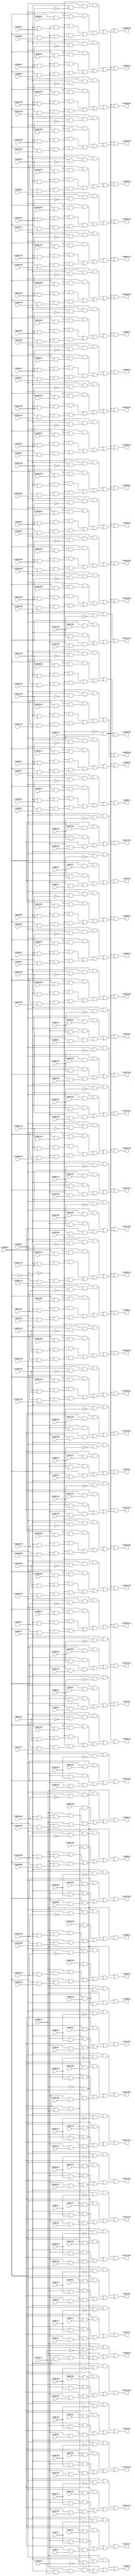
// IWLS benchmark module "i7" printed on Wed May 29 17:26:49 2002
module i7(\V199(1) , \V32(27) , \V199(0) , \V32(26) , \V32(25) , \V32(24) , \V32(23) , \V32(22) , \V32(21) , \V32(20) , \V32(19) , \V32(18) , \V32(17) , \V32(16) , \V32(15) , \V32(14) , \V32(13) , \V32(12) , \V32(11) , \V32(10) , \V32(9) , \V32(8) , \V32(7) , \V32(6) , \V32(5) , \V32(4) , \V32(3) , \V32(2) , \V32(1) , \V32(0) , \V96(27) , \V96(26) , \V96(25) , \V96(24) , \V96(23) , \V96(22) , \V96(21) , \V96(20) , \V96(19) , \V96(18) , \V96(17) , \V96(16) , \V96(15) , \V96(14) , \V96(13) , \V96(12) , \V96(11) , \V96(10) , \V96(9) , \V96(8) , \V96(7) , \V96(6) , \V96(5) , \V96(4) , \V96(3) , \V96(2) , \V96(1) , \V96(0) , \V64(27) , \V64(26) , \V64(25) , \V64(24) , \V64(23) , \V64(22) , \V64(21) , \V64(20) , \V64(19) , \V64(18) , \V64(17) , \V64(16) , \V64(15) , \V64(14) , \V64(13) , \V64(12) , \V64(11) , \V64(10) , \V64(9) , \V64(8) , \V64(7) , \V64(6) , \V64(5) , \V64(4) , \V64(3) , \V64(2) , \V64(1) , \V64(0) , \V128(27) , \V199(4) , \V128(26) , \V128(25) , \V128(24) , \V128(23) , \V128(22) , \V128(21) , \V128(20) , \V128(19) , \V128(18) , \V128(17) , \V128(16) , \V128(15) , \V128(14) , \V128(13) , \V128(12) , \V128(11) , \V128(10) , \V128(9) , \V128(8) , \V128(7) , \V128(6) , \V128(5) , \V128(4) , \V128(3) , \V128(2) , \V128(1) , \V128(0) , \V32(31) , \V32(30) , \V32(29) , \V32(28) , \V192(27) , \V192(26) , \V192(25) , \V192(24) , \V192(23) , \V192(22) , \V192(21) , \V192(20) , \V192(19) , \V192(18) , \V192(17) , \V192(16) , \V192(15) , \V192(14) , \V192(13) , \V192(12) , \V192(11) , \V192(10) , \V192(9) , \V192(8) , \V192(7) , \V192(6) , \V192(5) , \V192(4) , \V192(3) , \V192(2) , \V192(1) , \V192(0) , \V96(31) , \V96(30) , \V96(29) , \V96(28) , \V160(27) , \V160(26) , \V160(25) , \V160(24) , \V160(23) , \V160(22) , \V160(21) , \V160(20) , \V160(19) , \V160(18) , \V160(17) , \V160(16) , \V160(15) , \V160(14) , \V160(13) , \V160(12) , \V160(11) , \V160(10) , \V160(9) , \V160(8) , \V160(7) , \V160(6) , \V160(5) , \V160(4) , \V160(3) , \V160(2) , \V160(1) , \V160(0) , \V64(31) , \V64(30) , \V64(29) , \V64(28) , \V128(31) , \V199(3) , \V128(30) , \V128(29) , \V128(28) , \V195(0) , \V194(1) , \V194(0) , \V192(31) , \V192(30) , \V192(29) , \V192(28) , \V160(31) , \V160(30) , \V160(29) , \V160(28) , \V227(27) , \V227(26) , \V227(25) , \V227(24) , \V227(23) , \V227(22) , \V227(21) , \V227(20) , \V227(19) , \V227(18) , \V227(17) , \V227(16) , \V227(15) , \V227(14) , \V227(13) , \V227(12) , \V227(11) , \V227(10) , \V227(9) , \V227(8) , \V227(7) , \V227(6) , \V227(5) , \V227(4) , \V227(3) , \V227(2) , \V227(1) , \V227(0) , \V259(31) , \V259(30) , \V259(29) , \V259(28) , \V259(27) , \V259(26) , \V259(25) , \V259(24) , \V259(23) , \V259(22) , \V259(21) , \V259(20) , \V259(19) , \V259(18) , \V259(17) , \V259(16) , \V259(15) , \V259(14) , \V259(13) , \V259(12) , \V259(11) , \V259(10) , \V259(9) , \V259(8) , \V259(7) , \V259(6) , \V259(5) , \V259(4) , \V259(3) , \V259(2) , \V259(1) , \V259(0) , \V266(6) , \V266(5) , \V266(4) , \V266(3) , \V266(2) , \V266(1) , \V266(0) );
input
  \V160(21) ,
  \V160(20) ,
  \V160(23) ,
  \V160(22) ,
  \V128(27) ,
  \V160(25) ,
  \V128(26) ,
  \V160(24) ,
  \V128(29) ,
  \V160(17) ,
  \V128(28) ,
  \V160(16) ,
  \V160(19) ,
  \V160(18) ,
  \V96(0) ,
  \V96(1) ,
  \V64(13) ,
  \V96(2) ,
  \V64(12) ,
  \V96(3) ,
  \V64(15) ,
  \V128(21) ,
  \V96(4) ,
  \V64(14) ,
  \V128(20) ,
  \V96(5) ,
  \V128(23) ,
  \V160(11) ,
  \V96(6) ,
  \V128(22) ,
  \V160(10) ,
  \V96(7) ,
  \V64(11) ,
  \V128(25) ,
  \V160(13) ,
  \V96(8) ,
  \V64(10) ,
  \V128(24) ,
  \V192(3) ,
  \V160(12) ,
  \V96(9) ,
  \V128(17) ,
  \V192(2) ,
  \V160(15) ,
  \V128(16) ,
  \V192(5) ,
  \V160(14) ,
  \V128(19) ,
  \V192(4) ,
  \V128(18) ,
  \V64(17) ,
  \V64(16) ,
  \V192(1) ,
  \V64(19) ,
  \V192(0) ,
  \V64(18) ,
  \V64(23) ,
  \V64(22) ,
  \V64(25) ,
  \V128(11) ,
  \V64(24) ,
  \V128(10) ,
  \V192(7) ,
  \V128(13) ,
  \V192(6) ,
  \V128(12) ,
  \V192(9) ,
  \V64(21) ,
  \V128(15) ,
  \V192(8) ,
  \V64(20) ,
  \V128(14) ,
  \V64(27) ,
  \V64(26) ,
  \V64(29) ,
  \V64(28) ,
  \V194(1) ,
  \V160(31) ,
  \V194(0) ,
  \V160(30) ,
  \V64(31) ,
  \V64(30) ,
  \V128(3) ,
  \V128(2) ,
  \V128(5) ,
  \V195(0) ,
  \V128(4) ,
  \V128(31) ,
  \V128(30) ,
  \V128(1) ,
  \V128(0) ,
  \V128(7) ,
  \V128(6) ,
  \V128(9) ,
  \V128(8) ,
  \V199(3) ,
  \V199(4) ,
  \V199(1) ,
  \V199(0) ,
  \V32(0) ,
  \V32(1) ,
  \V32(2) ,
  \V32(3) ,
  \V32(13) ,
  \V32(4) ,
  \V32(12) ,
  \V32(5) ,
  \V32(15) ,
  \V32(6) ,
  \V32(14) ,
  \V32(7) ,
  \V32(8) ,
  \V32(9) ,
  \V32(11) ,
  \V32(10) ,
  \V192(27) ,
  \V192(26) ,
  \V192(29) ,
  \V192(28) ,
  \V32(17) ,
  \V32(16) ,
  \V32(19) ,
  \V32(18) ,
  \V32(23) ,
  \V32(22) ,
  \V192(21) ,
  \V32(25) ,
  \V192(20) ,
  \V32(24) ,
  \V192(23) ,
  \V192(22) ,
  \V192(25) ,
  \V32(21) ,
  \V192(24) ,
  \V32(20) ,
  \V192(17) ,
  \V192(16) ,
  \V192(19) ,
  \V192(18) ,
  \V32(27) ,
  \V96(13) ,
  \V32(26) ,
  \V96(12) ,
  \V32(29) ,
  \V96(15) ,
  \V32(28) ,
  \V96(14) ,
  \V192(11) ,
  \V192(10) ,
  \V96(11) ,
  \V192(13) ,
  \V96(10) ,
  \V192(12) ,
  \V192(15) ,
  \V32(31) ,
  \V192(14) ,
  \V32(30) ,
  \V96(17) ,
  \V96(16) ,
  \V96(19) ,
  \V96(18) ,
  \V96(23) ,
  \V96(22) ,
  \V96(25) ,
  \V96(24) ,
  \V96(21) ,
  \V96(20) ,
  \V96(27) ,
  \V96(26) ,
  \V96(29) ,
  \V96(28) ,
  \V192(31) ,
  \V64(0) ,
  \V192(30) ,
  \V96(31) ,
  \V64(1) ,
  \V96(30) ,
  \V64(2) ,
  \V64(3) ,
  \V64(4) ,
  \V64(5) ,
  \V64(6) ,
  \V64(7) ,
  \V64(8) ,
  \V160(3) ,
  \V64(9) ,
  \V160(2) ,
  \V160(5) ,
  \V160(4) ,
  \V160(1) ,
  \V160(0) ,
  \V160(7) ,
  \V160(6) ,
  \V160(9) ,
  \V160(8) ,
  \V160(27) ,
  \V160(26) ,
  \V160(29) ,
  \V160(28) ;
output
  \V259(27) ,
  \V259(26) ,
  \V259(29) ,
  \V259(28) ,
  \V259(21) ,
  \V259(20) ,
  \V259(23) ,
  \V259(22) ,
  \V259(25) ,
  \V259(24) ,
  \V259(17) ,
  \V259(16) ,
  \V259(19) ,
  \V259(18) ,
  \V259(11) ,
  \V259(10) ,
  \V259(13) ,
  \V259(12) ,
  \V259(15) ,
  \V259(14) ,
  \V259(3) ,
  \V259(2) ,
  \V259(5) ,
  \V259(4) ,
  \V259(1) ,
  \V259(0) ,
  \V259(7) ,
  \V259(6) ,
  \V259(9) ,
  \V259(8) ,
  \V259(31) ,
  \V259(30) ,
  \V227(27) ,
  \V227(26) ,
  \V227(21) ,
  \V227(20) ,
  \V227(23) ,
  \V227(22) ,
  \V227(25) ,
  \V227(24) ,
  \V227(17) ,
  \V227(16) ,
  \V227(19) ,
  \V227(18) ,
  \V227(11) ,
  \V227(10) ,
  \V227(13) ,
  \V227(12) ,
  \V227(15) ,
  \V227(14) ,
  \V266(3) ,
  \V266(2) ,
  \V266(5) ,
  \V266(4) ,
  \V266(1) ,
  \V266(0) ,
  \V266(6) ,
  \V227(3) ,
  \V227(2) ,
  \V227(5) ,
  \V227(4) ,
  \V227(1) ,
  \V227(0) ,
  \V227(7) ,
  \V227(6) ,
  \V227(9) ,
  \V227(8) ;
wire
  \V594(1) ,
  \V594(0) ,
  \V596(1) ,
  \V596(0) ,
  \[0] ,
  \[1] ,
  \[2] ,
  \[3] ,
  \[4] ,
  \[5] ,
  \[6] ,
  \[7] ,
  \[8] ,
  \[9] ,
  V267,
  V268,
  V269,
  V270,
  V271,
  V272,
  V273,
  V274,
  V275,
  V276,
  V277,
  V278,
  V279,
  V280,
  V281,
  V282,
  V283,
  V284,
  V285,
  V286,
  V287,
  V288,
  V289,
  V290,
  V291,
  V292,
  V293,
  V294,
  V295,
  V296,
  V297,
  V298,
  V299,
  \V538(27) ,
  \V538(26) ,
  V300,
  V301,
  V302,
  V303,
  V304,
  V305,
  V306,
  V307,
  V308,
  V309,
  V310,
  V311,
  V312,
  V313,
  V314,
  V315,
  V316,
  V317,
  V318,
  V319,
  V320,
  V321,
  V322,
  V323,
  V324,
  V325,
  V326,
  V327,
  V328,
  V329,
  V330,
  V331,
  V332,
  V333,
  V334,
  V335,
  V336,
  V337,
  V338,
  V339,
  V340,
  V341,
  V342,
  V343,
  V344,
  V345,
  V346,
  V347,
  V348,
  \V538(21) ,
  V349,
  V350,
  V351,
  V352,
  \V538(20) ,
  \V538(23) ,
  \V538(22) ,
  V381,
  V382,
  V383,
  V384,
  V385,
  V386,
  V387,
  V388,
  \V538(25) ,
  V389,
  V390,
  V391,
  V392,
  V393,
  V394,
  V395,
  V396,
  V397,
  V398,
  \V538(24) ,
  V399,
  \V538(17) ,
  \V538(16) ,
  \V538(19) ,
  \V538(18) ,
  V400,
  V401,
  V402,
  V403,
  V404,
  V405,
  V406,
  V407,
  V408,
  V409,
  V410,
  V411,
  V412,
  V413,
  V414,
  V415,
  V416,
  V417,
  V418,
  V419,
  V420,
  V421,
  V422,
  V423,
  V424,
  V425,
  V426,
  V427,
  V428,
  V429,
  V430,
  V431,
  V432,
  V433,
  V434,
  V435,
  V436,
  V437,
  V438,
  V439,
  V440,
  V441,
  V442,
  V443,
  V444,
  V445,
  V446,
  V447,
  V448,
  \V538(11) ,
  V449,
  V450,
  V451,
  V452,
  V453,
  V454,
  V455,
  V456,
  V457,
  V458,
  \V538(10) ,
  V459,
  V460,
  V461,
  V462,
  V463,
  V464,
  V465,
  V466,
  V467,
  V468,
  \V538(13) ,
  V469,
  V470,
  V471,
  V472,
  V473,
  V474,
  V475,
  V476,
  V477,
  V478,
  \V538(12) ,
  V479,
  V480,
  V481,
  V482,
  V483,
  V484,
  V485,
  V486,
  V487,
  V488,
  \V538(15) ,
  V489,
  V490,
  V491,
  V492,
  V493,
  V494,
  V495,
  V496,
  V497,
  V498,
  \V538(14) ,
  V499,
  \[10] ,
  \[11] ,
  \[12] ,
  \[13] ,
  \[14] ,
  \[15] ,
  V500,
  V501,
  V502,
  V503,
  V504,
  V505,
  V506,
  \[16] ,
  \[17] ,
  \[18] ,
  V539,
  \[19] ,
  V540,
  V541,
  V542,
  V543,
  V544,
  V545,
  V546,
  V547,
  V548,
  V549,
  V550,
  V551,
  V552,
  V553,
  V554,
  V555,
  V556,
  V557,
  V558,
  V559,
  V560,
  V561,
  V562,
  V563,
  V564,
  V565,
  V566,
  V567,
  V568,
  V569,
  V570,
  V571,
  V572,
  V573,
  V574,
  V575,
  V576,
  V577,
  V578,
  V579,
  V580,
  V581,
  V582,
  V583,
  V584,
  V585,
  V586,
  V587,
  V588,
  V589,
  V590,
  V597,
  V598,
  V599,
  \[20] ,
  \[21] ,
  \[22] ,
  \[23] ,
  \[24] ,
  \[25] ,
  V600,
  V601,
  \V380(3) ,
  V602,
  V603,
  V604,
  V605,
  \[26] ,
  \V380(2) ,
  \[27] ,
  \V380(5) ,
  \[28] ,
  \V380(4) ,
  \[29] ,
  \V380(1) ,
  \V380(0) ,
  \[30] ,
  \[31] ,
  \V380(7) ,
  \[32] ,
  \V380(6) ,
  \[33] ,
  \V380(9) ,
  \[34] ,
  \V380(8) ,
  \[35] ,
  \V380(27) ,
  \[36] ,
  \V380(26) ,
  \[37] ,
  \[38] ,
  \[39] ,
  \V380(21) ,
  \V538(3) ,
  \[40] ,
  \V380(20) ,
  \V538(2) ,
  \[41] ,
  \V380(23) ,
  \V538(5) ,
  \[42] ,
  \V380(22) ,
  \V538(4) ,
  \[43] ,
  \V380(25) ,
  \[44] ,
  \V380(24) ,
  \[45] ,
  \V380(17) ,
  \V538(1) ,
  \[46] ,
  \V380(16) ,
  \V538(0) ,
  \[47] ,
  \V380(19) ,
  \[48] ,
  \V380(18) ,
  \[49] ,
  \V538(7) ,
  \V538(6) ,
  \V538(9) ,
  \V538(8) ,
  \V380(11) ,
  \[50] ,
  \V380(10) ,
  \[51] ,
  \V380(13) ,
  \[52] ,
  \V380(12) ,
  \[53] ,
  \V380(15) ,
  \[54] ,
  \V380(14) ,
  \[55] ,
  \[56] ,
  \[57] ,
  \[58] ,
  \[59] ,
  \[60] ,
  \[61] ,
  \[62] ,
  \[63] ,
  \[64] ,
  \[65] ,
  \[66] ,
  \V510(3) ,
  \V510(2) ,
  \V510(1) ,
  \V510(0) ,
  \V594(3) ,
  \V594(2) ;
assign
  \V594(1)  = ~\V192(29) ,
  \V594(0)  = ~\V192(28) ,
  \V259(27)  = \[32] ,
  \V259(26)  = \[33] ,
  \V259(29)  = \[30] ,
  \V259(28)  = \[31] ,
  \V259(21)  = \[38] ,
  \V259(20)  = \[39] ,
  \V259(23)  = \[36] ,
  \V259(22)  = \[37] ,
  \V259(25)  = \[34] ,
  \V596(1)  = ~\V194(1) ,
  \V259(24)  = \[35] ,
  \V596(0)  = ~\V194(0) ,
  \V259(17)  = \[42] ,
  \V259(16)  = \[43] ,
  \V259(19)  = \[40] ,
  \V259(18)  = \[41] ,
  \V259(11)  = \[48] ,
  \V259(10)  = \[49] ,
  \V259(13)  = \[46] ,
  \V259(12)  = \[47] ,
  \V259(15)  = \[44] ,
  \V259(14)  = \[45] ,
  \[0]  = V381 | (V325 | (V297 | V268)),
  \[1]  = V382 | (V326 | (V298 | V269)),
  \[2]  = V383 | (V327 | (V299 | V270)),
  \[3]  = V384 | (V328 | (V300 | V271)),
  \[4]  = V385 | (V329 | (V301 | V272)),
  \V259(3)  = \[56] ,
  \[5]  = V386 | (V330 | (V302 | V273)),
  \V259(2)  = \[57] ,
  \[6]  = V387 | (V331 | (V303 | V274)),
  \V259(5)  = \[54] ,
  \[7]  = V388 | (V332 | (V304 | V275)),
  \V259(4)  = \[55] ,
  \[8]  = V389 | (V333 | (V305 | V276)),
  \[9]  = V390 | (V334 | (V306 | V277)),
  \V259(1)  = \[58] ,
  \V259(0)  = \[59] ,
  \V259(7)  = \[52] ,
  \V259(6)  = \[53] ,
  \V259(9)  = \[50] ,
  \V259(8)  = \[51] ,
  \V259(31)  = \[28] ,
  \V259(30)  = \[29] ,
  V267 = ~\V199(1) ,
  V268 = \V199(0)  & (V267 & \V32(27) ),
  V269 = \V199(0)  & (V267 & \V32(26) ),
  V270 = \V199(0)  & (V267 & \V32(25) ),
  V271 = \V199(0)  & (V267 & \V32(24) ),
  V272 = \V199(0)  & (V267 & \V32(23) ),
  V273 = \V199(0)  & (V267 & \V32(22) ),
  V274 = \V199(0)  & (V267 & \V32(21) ),
  V275 = \V199(0)  & (V267 & \V32(20) ),
  V276 = \V199(0)  & (V267 & \V32(19) ),
  V277 = \V199(0)  & (V267 & \V32(18) ),
  V278 = \V199(0)  & (V267 & \V32(17) ),
  V279 = \V199(0)  & (V267 & \V32(16) ),
  V280 = \V199(0)  & (V267 & \V32(15) ),
  V281 = \V199(0)  & (V267 & \V32(14) ),
  V282 = \V199(0)  & (V267 & \V32(13) ),
  V283 = \V199(0)  & (V267 & \V32(12) ),
  V284 = \V199(0)  & (V267 & \V32(11) ),
  V285 = \V199(0)  & (V267 & \V32(10) ),
  V286 = \V199(0)  & (V267 & \V32(9) ),
  V287 = \V199(0)  & (V267 & \V32(8) ),
  V288 = \V199(0)  & (V267 & \V32(7) ),
  V289 = \V199(0)  & (V267 & \V32(6) ),
  V290 = \V199(0)  & (V267 & \V32(5) ),
  V291 = \V199(0)  & (V267 & \V32(4) ),
  V292 = \V199(0)  & (V267 & \V32(3) ),
  V293 = \V199(0)  & (V267 & \V32(2) ),
  V294 = \V199(0)  & (V267 & \V32(1) ),
  V295 = \V199(0)  & (V267 & \V32(0) ),
  V296 = ~\V199(0) ,
  V297 = V296 & (V267 & \V96(27) ),
  V298 = V296 & (V267 & \V96(26) ),
  V299 = V296 & (V267 & \V96(25) ),
  \V538(27)  = ~\V192(27) ,
  \V538(26)  = ~\V192(26) ,
  V300 = V296 & (V267 & \V96(24) ),
  V301 = V296 & (V267 & \V96(23) ),
  V302 = V296 & (V267 & \V96(22) ),
  V303 = V296 & (V267 & \V96(21) ),
  V304 = V296 & (V267 & \V96(20) ),
  V305 = V296 & (V267 & \V96(19) ),
  V306 = V296 & (V267 & \V96(18) ),
  V307 = V296 & (V267 & \V96(17) ),
  V308 = V296 & (V267 & \V96(16) ),
  V309 = V296 & (V267 & \V96(15) ),
  V310 = V296 & (V267 & \V96(14) ),
  V311 = V296 & (V267 & \V96(13) ),
  V312 = V296 & (V267 & \V96(12) ),
  V313 = V296 & (V267 & \V96(11) ),
  V314 = V296 & (V267 & \V96(10) ),
  V315 = V296 & (V267 & \V96(9) ),
  V316 = V296 & (V267 & \V96(8) ),
  V317 = V296 & (V267 & \V96(7) ),
  V318 = V296 & (V267 & \V96(6) ),
  V319 = V296 & (V267 & \V96(5) ),
  \V227(27)  = \[0] ,
  V320 = V296 & (V267 & \V96(4) ),
  V321 = V296 & (V267 & \V96(3) ),
  V322 = V296 & (V267 & \V96(2) ),
  V323 = V296 & (V267 & \V96(1) ),
  V324 = V296 & (V267 & \V96(0) ),
  V325 = \V199(0)  & (\V199(1)  & \V64(27) ),
  V326 = \V199(0)  & (\V199(1)  & \V64(26) ),
  V327 = \V199(0)  & (\V199(1)  & \V64(25) ),
  V328 = \V199(0)  & (\V199(1)  & \V64(24) ),
  V329 = \V199(0)  & (\V199(1)  & \V64(23) ),
  \V227(26)  = \[1] ,
  V330 = \V199(0)  & (\V199(1)  & \V64(22) ),
  V331 = \V199(0)  & (\V199(1)  & \V64(21) ),
  V332 = \V199(0)  & (\V199(1)  & \V64(20) ),
  V333 = \V199(0)  & (\V199(1)  & \V64(19) ),
  V334 = \V199(0)  & (\V199(1)  & \V64(18) ),
  V335 = \V199(0)  & (\V199(1)  & \V64(17) ),
  V336 = \V199(0)  & (\V199(1)  & \V64(16) ),
  V337 = \V199(0)  & (\V199(1)  & \V64(15) ),
  V338 = \V199(0)  & (\V199(1)  & \V64(14) ),
  V339 = \V199(0)  & (\V199(1)  & \V64(13) ),
  V340 = \V199(0)  & (\V199(1)  & \V64(12) ),
  V341 = \V199(0)  & (\V199(1)  & \V64(11) ),
  V342 = \V199(0)  & (\V199(1)  & \V64(10) ),
  V343 = \V199(0)  & (\V199(1)  & \V64(9) ),
  V344 = \V199(0)  & (\V199(1)  & \V64(8) ),
  V345 = \V199(0)  & (\V199(1)  & \V64(7) ),
  V346 = \V199(0)  & (\V199(1)  & \V64(6) ),
  V347 = \V199(0)  & (\V199(1)  & \V64(5) ),
  V348 = \V199(0)  & (\V199(1)  & \V64(4) ),
  \V538(21)  = ~\V192(21) ,
  V349 = \V199(0)  & (\V199(1)  & \V64(3) ),
  V350 = \V199(0)  & (\V199(1)  & \V64(2) ),
  V351 = \V199(0)  & (\V199(1)  & \V64(1) ),
  V352 = \V199(0)  & (\V199(1)  & \V64(0) ),
  \V538(20)  = ~\V192(20) ,
  \V538(23)  = ~\V192(23) ,
  \V538(22)  = ~\V192(22) ,
  V381 = V296 & (\V199(1)  & \V380(27) ),
  V382 = V296 & (\V199(1)  & \V380(26) ),
  V383 = V296 & (\V199(1)  & \V380(25) ),
  V384 = V296 & (\V199(1)  & \V380(24) ),
  V385 = V296 & (\V199(1)  & \V380(23) ),
  V386 = V296 & (\V199(1)  & \V380(22) ),
  V387 = V296 & (\V199(1)  & \V380(21) ),
  V388 = V296 & (\V199(1)  & \V380(20) ),
  \V538(25)  = ~\V192(25) ,
  V389 = V296 & (\V199(1)  & \V380(19) ),
  V390 = V296 & (\V199(1)  & \V380(18) ),
  V391 = V296 & (\V199(1)  & \V380(17) ),
  V392 = V296 & (\V199(1)  & \V380(16) ),
  V393 = V296 & (\V199(1)  & \V380(15) ),
  V394 = V296 & (\V199(1)  & \V380(14) ),
  V395 = V296 & (\V199(1)  & \V380(13) ),
  V396 = V296 & (\V199(1)  & \V380(12) ),
  V397 = V296 & (\V199(1)  & \V380(11) ),
  V398 = V296 & (\V199(1)  & \V380(10) ),
  \V538(24)  = ~\V192(24) ,
  V399 = V296 & (\V199(1)  & \V380(9) ),
  \V538(17)  = ~\V192(17) ,
  \V538(16)  = ~\V192(16) ,
  \V227(21)  = \[6] ,
  \V538(19)  = ~\V192(19) ,
  \V227(20)  = \[7] ,
  \V538(18)  = ~\V192(18) ,
  \V227(23)  = \[4] ,
  \V227(22)  = \[5] ,
  \V227(25)  = \[2] ,
  V400 = V296 & (\V199(1)  & \V380(8) ),
  V401 = V296 & (\V199(1)  & \V380(7) ),
  V402 = V296 & (\V199(1)  & \V380(6) ),
  V403 = V296 & (\V199(1)  & \V380(5) ),
  V404 = V296 & (\V199(1)  & \V380(4) ),
  V405 = V296 & (\V199(1)  & \V380(3) ),
  V406 = V296 & (\V199(1)  & \V380(2) ),
  V407 = V296 & (\V199(1)  & \V380(1) ),
  V408 = V296 & (\V199(1)  & \V380(0) ),
  V409 = ~\V199(1) ,
  \V227(24)  = \[3] ,
  V410 = \V199(4)  & (V409 & (\V199(0)  & \V128(27) )),
  V411 = \V199(4)  & (V409 & (\V199(0)  & \V128(26) )),
  V412 = \V199(4)  & (V409 & (\V199(0)  & \V128(25) )),
  V413 = \V199(4)  & (V409 & (\V199(0)  & \V128(24) )),
  V414 = \V199(4)  & (V409 & (\V199(0)  & \V128(23) )),
  V415 = \V199(4)  & (V409 & (\V199(0)  & \V128(22) )),
  V416 = \V199(4)  & (V409 & (\V199(0)  & \V128(21) )),
  V417 = \V199(4)  & (V409 & (\V199(0)  & \V128(20) )),
  V418 = \V199(4)  & (V409 & (\V199(0)  & \V128(19) )),
  V419 = \V199(4)  & (V409 & (\V199(0)  & \V128(18) )),
  \V227(17)  = \[10] ,
  V420 = \V199(4)  & (V409 & (\V199(0)  & \V128(17) )),
  V421 = \V199(4)  & (V409 & (\V199(0)  & \V128(16) )),
  V422 = \V199(4)  & (V409 & (\V199(0)  & \V128(15) )),
  V423 = \V199(4)  & (V409 & (\V199(0)  & \V128(14) )),
  V424 = \V199(4)  & (V409 & (\V199(0)  & \V128(13) )),
  V425 = \V199(4)  & (V409 & (\V199(0)  & \V128(12) )),
  V426 = \V199(4)  & (V409 & (\V199(0)  & \V128(11) )),
  V427 = \V199(4)  & (V409 & (\V199(0)  & \V128(10) )),
  V428 = \V199(4)  & (V409 & (\V199(0)  & \V128(9) )),
  V429 = \V199(4)  & (V409 & (\V199(0)  & \V128(8) )),
  \V227(16)  = \[11] ,
  V430 = \V199(4)  & (V409 & (\V199(0)  & \V128(7) )),
  V431 = \V199(4)  & (V409 & (\V199(0)  & \V128(6) )),
  V432 = \V199(4)  & (V409 & (\V199(0)  & \V128(5) )),
  V433 = \V199(4)  & (V409 & (\V199(0)  & \V128(4) )),
  V434 = \V199(4)  & (V409 & (\V199(0)  & \V128(3) )),
  V435 = \V199(4)  & (V409 & (\V199(0)  & \V128(2) )),
  V436 = \V199(4)  & (V409 & (\V199(0)  & \V128(1) )),
  V437 = \V199(4)  & (V409 & (\V199(0)  & \V128(0) )),
  V438 = \V199(4)  & (V409 & (\V199(0)  & \V32(31) )),
  V439 = \V199(4)  & (V409 & (\V199(0)  & \V32(30) )),
  \V227(19)  = \[8] ,
  V440 = \V199(4)  & (V409 & (\V199(0)  & \V32(29) )),
  V441 = \V199(4)  & (V409 & (\V199(0)  & \V32(28) )),
  V442 = ~\V199(0) ,
  V443 = \V199(4)  & (V409 & (V442 & \V192(27) )),
  V444 = \V199(4)  & (V409 & (V442 & \V192(26) )),
  V445 = \V199(4)  & (V409 & (V442 & \V192(25) )),
  V446 = \V199(4)  & (V409 & (V442 & \V192(24) )),
  V447 = \V199(4)  & (V409 & (V442 & \V192(23) )),
  V448 = \V199(4)  & (V409 & (V442 & \V192(22) )),
  \V538(11)  = ~\V192(11) ,
  V449 = \V199(4)  & (V409 & (V442 & \V192(21) )),
  \V227(18)  = \[9] ,
  V450 = \V199(4)  & (V409 & (V442 & \V192(20) )),
  V451 = \V199(4)  & (V409 & (V442 & \V192(19) )),
  V452 = \V199(4)  & (V409 & (V442 & \V192(18) )),
  V453 = \V199(4)  & (V409 & (V442 & \V192(17) )),
  V454 = \V199(4)  & (V409 & (V442 & \V192(16) )),
  V455 = \V199(4)  & (V409 & (V442 & \V192(15) )),
  V456 = \V199(4)  & (V409 & (V442 & \V192(14) )),
  V457 = \V199(4)  & (V409 & (V442 & \V192(13) )),
  V458 = \V199(4)  & (V409 & (V442 & \V192(12) )),
  \V538(10)  = ~\V192(10) ,
  V459 = \V199(4)  & (V409 & (V442 & \V192(11) )),
  V460 = \V199(4)  & (V409 & (V442 & \V192(10) )),
  V461 = \V199(4)  & (V409 & (V442 & \V192(9) )),
  V462 = \V199(4)  & (V409 & (V442 & \V192(8) )),
  V463 = \V199(4)  & (V409 & (V442 & \V192(7) )),
  V464 = \V199(4)  & (V409 & (V442 & \V192(6) )),
  V465 = \V199(4)  & (V409 & (V442 & \V192(5) )),
  V466 = \V199(4)  & (V409 & (V442 & \V192(4) )),
  V467 = \V199(4)  & (V409 & (V442 & \V192(3) )),
  V468 = \V199(4)  & (V409 & (V442 & \V192(2) )),
  \V538(13)  = ~\V192(13) ,
  V469 = \V199(4)  & (V409 & (V442 & \V192(1) )),
  V470 = \V199(4)  & (V409 & (V442 & \V192(0) )),
  V471 = \V199(4)  & (V409 & (V442 & \V96(31) )),
  V472 = \V199(4)  & (V409 & (V442 & \V96(30) )),
  V473 = \V199(4)  & (V409 & (V442 & \V96(29) )),
  V474 = \V199(4)  & (V409 & (V442 & \V96(28) )),
  V475 = \V199(4)  & (\V199(1)  & (\V199(0)  & \V160(27) )),
  V476 = \V199(4)  & (\V199(1)  & (\V199(0)  & \V160(26) )),
  V477 = \V199(4)  & (\V199(1)  & (\V199(0)  & \V160(25) )),
  V478 = \V199(4)  & (\V199(1)  & (\V199(0)  & \V160(24) )),
  \V538(12)  = ~\V192(12) ,
  V479 = \V199(4)  & (\V199(1)  & (\V199(0)  & \V160(23) )),
  V480 = \V199(4)  & (\V199(1)  & (\V199(0)  & \V160(22) )),
  V481 = \V199(4)  & (\V199(1)  & (\V199(0)  & \V160(21) )),
  V482 = \V199(4)  & (\V199(1)  & (\V199(0)  & \V160(20) )),
  V483 = \V199(4)  & (\V199(1)  & (\V199(0)  & \V160(19) )),
  V484 = \V199(4)  & (\V199(1)  & (\V199(0)  & \V160(18) )),
  V485 = \V199(4)  & (\V199(1)  & (\V199(0)  & \V160(17) )),
  V486 = \V199(4)  & (\V199(1)  & (\V199(0)  & \V160(16) )),
  V487 = \V199(4)  & (\V199(1)  & (\V199(0)  & \V160(15) )),
  V488 = \V199(4)  & (\V199(1)  & (\V199(0)  & \V160(14) )),
  \V538(15)  = ~\V192(15) ,
  V489 = \V199(4)  & (\V199(1)  & (\V199(0)  & \V160(13) )),
  V490 = \V199(4)  & (\V199(1)  & (\V199(0)  & \V160(12) )),
  V491 = \V199(4)  & (\V199(1)  & (\V199(0)  & \V160(11) )),
  V492 = \V199(4)  & (\V199(1)  & (\V199(0)  & \V160(10) )),
  V493 = \V199(4)  & (\V199(1)  & (\V199(0)  & \V160(9) )),
  V494 = \V199(4)  & (\V199(1)  & (\V199(0)  & \V160(8) )),
  V495 = \V199(4)  & (\V199(1)  & (\V199(0)  & \V160(7) )),
  V496 = \V199(4)  & (\V199(1)  & (\V199(0)  & \V160(6) )),
  V497 = \V199(4)  & (\V199(1)  & (\V199(0)  & \V160(5) )),
  V498 = \V199(4)  & (\V199(1)  & (\V199(0)  & \V160(4) )),
  \V538(14)  = ~\V192(14) ,
  V499 = \V199(4)  & (\V199(1)  & (\V199(0)  & \V160(3) )),
  \[10]  = V391 | (V335 | (V307 | V278)),
  \[11]  = V392 | (V336 | (V308 | V279)),
  \V227(11)  = \[16] ,
  \[12]  = V393 | (V337 | (V309 | V280)),
  \V227(10)  = \[17] ,
  \[13]  = V394 | (V338 | (V310 | V281)),
  \V227(13)  = \[14] ,
  \[14]  = V395 | (V339 | (V311 | V282)),
  \V227(12)  = \[15] ,
  \[15]  = V396 | (V340 | (V312 | V283)),
  \V227(15)  = \[12] ,
  V500 = \V199(4)  & (\V199(1)  & (\V199(0)  & \V160(2) )),
  V501 = \V199(4)  & (\V199(1)  & (\V199(0)  & \V160(1) )),
  V502 = \V199(4)  & (\V199(1)  & (\V199(0)  & \V160(0) )),
  V503 = \V199(4)  & (\V199(1)  & (\V199(0)  & \V64(31) )),
  V504 = \V199(4)  & (\V199(1)  & (\V199(0)  & \V64(30) )),
  V505 = \V199(4)  & (\V199(1)  & (\V199(0)  & \V64(29) )),
  V506 = \V199(4)  & (\V199(1)  & (\V199(0)  & \V64(28) )),
  \[16]  = V397 | (V341 | (V313 | V284)),
  \V227(14)  = \[13] ,
  \[17]  = V398 | (V342 | (V314 | V285)),
  \[18]  = V399 | (V343 | (V315 | V286)),
  V539 = \V199(4)  & (\V199(1)  & (V442 & \V538(27) )),
  \[19]  = V400 | (V344 | (V316 | V287)),
  V540 = \V199(4)  & (\V199(1)  & (V442 & \V538(26) )),
  V541 = \V199(4)  & (\V199(1)  & (V442 & \V538(25) )),
  V542 = \V199(4)  & (\V199(1)  & (V442 & \V538(24) )),
  V543 = \V199(4)  & (\V199(1)  & (V442 & \V538(23) )),
  V544 = \V199(4)  & (\V199(1)  & (V442 & \V538(22) )),
  V545 = \V199(4)  & (\V199(1)  & (V442 & \V538(21) )),
  V546 = \V199(4)  & (\V199(1)  & (V442 & \V538(20) )),
  V547 = \V199(4)  & (\V199(1)  & (V442 & \V538(19) )),
  V548 = \V199(4)  & (\V199(1)  & (V442 & \V538(18) )),
  V549 = \V199(4)  & (\V199(1)  & (V442 & \V538(17) )),
  V550 = \V199(4)  & (\V199(1)  & (V442 & \V538(16) )),
  V551 = \V199(4)  & (\V199(1)  & (V442 & \V538(15) )),
  V552 = \V199(4)  & (\V199(1)  & (V442 & \V538(14) )),
  V553 = \V199(4)  & (\V199(1)  & (V442 & \V538(13) )),
  V554 = \V199(4)  & (\V199(1)  & (V442 & \V538(12) )),
  V555 = \V199(4)  & (\V199(1)  & (V442 & \V538(11) )),
  V556 = \V199(4)  & (\V199(1)  & (V442 & \V538(10) )),
  V557 = \V199(4)  & (\V199(1)  & (V442 & \V538(9) )),
  V558 = \V199(4)  & (\V199(1)  & (V442 & \V538(8) )),
  V559 = \V199(4)  & (\V199(1)  & (V442 & \V538(7) )),
  V560 = \V199(4)  & (\V199(1)  & (V442 & \V538(6) )),
  V561 = \V199(4)  & (\V199(1)  & (V442 & \V538(5) )),
  V562 = \V199(4)  & (\V199(1)  & (V442 & \V538(4) )),
  V563 = \V199(4)  & (\V199(1)  & (V442 & \V538(3) )),
  V564 = \V199(4)  & (\V199(1)  & (V442 & \V538(2) )),
  V565 = \V199(4)  & (\V199(1)  & (V442 & \V538(1) )),
  V566 = \V199(4)  & (\V199(1)  & (V442 & \V538(0) )),
  V567 = \V199(4)  & (\V199(1)  & (V442 & \V510(3) )),
  V568 = \V199(4)  & (\V199(1)  & (V442 & \V510(2) )),
  V569 = \V199(4)  & (\V199(1)  & (V442 & \V510(1) )),
  V570 = \V199(4)  & (\V199(1)  & (V442 & \V510(0) )),
  V571 = ~\V199(4) ,
  V572 = V571 & \V199(1) ,
  V573 = ~\V199(1) ,
  V574 = \V199(3)  & (V573 & (\V199(0)  & \V128(31) )),
  V575 = \V199(3)  & (V573 & (\V199(0)  & \V128(30) )),
  V576 = \V199(3)  & (V573 & (\V199(0)  & \V128(29) )),
  V577 = \V199(3)  & (V573 & (\V199(0)  & \V128(28) )),
  V578 = ~\V199(0) ,
  V579 = \V199(3)  & (V573 & (V578 & \V195(0) )),
  V580 = \V199(3)  & (V573 & (V578 & \V194(1) )),
  V581 = \V199(3)  & (V573 & (V578 & \V194(0) )),
  V582 = \V199(3)  & (V573 & (V578 & \V192(31) )),
  V583 = \V199(3)  & (V573 & (V578 & \V192(30) )),
  V584 = \V199(3)  & (V573 & (V578 & \V192(29) )),
  V585 = \V199(3)  & (V573 & (V578 & \V192(28) )),
  V586 = \V199(0)  & (\V199(1)  & \V199(3) ),
  V587 = \V160(31)  & V586,
  V588 = \V160(30)  & V586,
  V589 = \V160(29)  & V586,
  V590 = \V160(28)  & V586,
  V597 = \V199(3)  & (\V199(1)  & (V578 & \V195(0) )),
  V598 = \V199(3)  & (\V199(1)  & (V578 & \V596(1) )),
  V599 = \V199(3)  & (\V199(1)  & (V578 & \V596(0) )),
  \[20]  = V401 | (V345 | (V317 | V288)),
  \[21]  = V402 | (V346 | (V318 | V289)),
  \[22]  = V403 | (V347 | (V319 | V290)),
  \[23]  = V404 | (V348 | (V320 | V291)),
  \[24]  = V405 | (V349 | (V321 | V292)),
  \[25]  = V406 | (V350 | (V322 | V293)),
  V600 = \V199(3)  & (\V199(1)  & (V578 & \V594(3) )),
  V601 = \V199(3)  & (\V199(1)  & (V578 & \V594(2) )),
  \V380(3)  = ~\V96(3) ,
  V602 = \V199(3)  & (\V199(1)  & (V578 & \V594(1) )),
  V603 = \V199(3)  & (\V199(1)  & (V578 & \V594(0) )),
  V604 = ~\V199(3) ,
  V605 = V604 & \V199(1) ,
  \[26]  = V407 | (V351 | (V323 | V294)),
  \V380(2)  = ~\V96(2) ,
  \[27]  = V408 | (V352 | (V324 | V295)),
  \V380(5)  = ~\V96(5) ,
  \[28]  = V572 | (V539 | (V475 | (V443 | V410))),
  \V380(4)  = ~\V96(4) ,
  \[29]  = V572 | (V540 | (V476 | (V444 | V411))),
  \V380(1)  = ~\V96(1) ,
  \V380(0)  = ~\V96(0) ,
  \[30]  = V572 | (V541 | (V477 | (V445 | V412))),
  \[31]  = V572 | (V542 | (V478 | (V446 | V413))),
  \V380(7)  = ~\V96(7) ,
  \[32]  = V572 | (V543 | (V479 | (V447 | V414))),
  \V380(6)  = ~\V96(6) ,
  \[33]  = V572 | (V544 | (V480 | (V448 | V415))),
  \V380(9)  = ~\V96(9) ,
  \[34]  = V572 | (V545 | (V481 | (V449 | V416))),
  \V380(8)  = ~\V96(8) ,
  \[35]  = V572 | (V546 | (V482 | (V450 | V417))),
  \V380(27)  = ~\V96(27) ,
  \[36]  = V572 | (V547 | (V483 | (V451 | V418))),
  \V380(26)  = ~\V96(26) ,
  \[37]  = V572 | (V548 | (V484 | (V452 | V419))),
  \[38]  = V572 | (V549 | (V485 | (V453 | V420))),
  \[39]  = V572 | (V550 | (V486 | (V454 | V421))),
  \V380(21)  = ~\V96(21) ,
  \V538(3)  = ~\V192(3) ,
  \[40]  = V572 | (V551 | (V487 | (V455 | V422))),
  \V380(20)  = ~\V96(20) ,
  \V538(2)  = ~\V192(2) ,
  \[41]  = V572 | (V552 | (V488 | (V456 | V423))),
  \V266(3)  = \[63] ,
  \V380(23)  = ~\V96(23) ,
  \V538(5)  = ~\V192(5) ,
  \[42]  = V572 | (V553 | (V489 | (V457 | V424))),
  \V266(2)  = \[64] ,
  \V380(22)  = ~\V96(22) ,
  \V538(4)  = ~\V192(4) ,
  \[43]  = V572 | (V554 | (V490 | (V458 | V425))),
  \V266(5)  = \[61] ,
  \V380(25)  = ~\V96(25) ,
  \[44]  = V572 | (V555 | (V491 | (V459 | V426))),
  \V266(4)  = \[62] ,
  \V380(24)  = ~\V96(24) ,
  \[45]  = V572 | (V556 | (V492 | (V460 | V427))),
  \V380(17)  = ~\V96(17) ,
  \V538(1)  = ~\V192(1) ,
  \[46]  = V572 | (V557 | (V493 | (V461 | V428))),
  \V380(16)  = ~\V96(16) ,
  \V538(0)  = ~\V192(0) ,
  \[47]  = V572 | (V558 | (V494 | (V462 | V429))),
  \V266(1)  = \[65] ,
  \V380(19)  = ~\V96(19) ,
  \[48]  = V572 | (V559 | (V495 | (V463 | V430))),
  \V266(0)  = \[66] ,
  \V380(18)  = ~\V96(18) ,
  \[49]  = V572 | (V560 | (V496 | (V464 | V431))),
  \V538(7)  = ~\V192(7) ,
  \V538(6)  = ~\V192(6) ,
  \V538(9)  = ~\V192(9) ,
  \V266(6)  = \[60] ,
  \V538(8)  = ~\V192(8) ,
  \V380(11)  = ~\V96(11) ,
  \[50]  = V572 | (V561 | (V497 | (V465 | V432))),
  \V380(10)  = ~\V96(10) ,
  \[51]  = V572 | (V562 | (V498 | (V466 | V433))),
  \V380(13)  = ~\V96(13) ,
  \[52]  = V572 | (V563 | (V499 | (V467 | V434))),
  \V380(12)  = ~\V96(12) ,
  \[53]  = V572 | (V564 | (V500 | (V468 | V435))),
  \V380(15)  = ~\V96(15) ,
  \[54]  = V572 | (V565 | (V501 | (V469 | V436))),
  \V380(14)  = ~\V96(14) ,
  \[55]  = V572 | (V566 | (V502 | (V470 | V437))),
  \[56]  = V572 | (V567 | (V503 | (V471 | V438))),
  \[57]  = V572 | (V568 | (V504 | (V472 | V439))),
  \[58]  = V572 | (V569 | (V505 | (V473 | V440))),
  \[59]  = V572 | (V570 | (V506 | (V474 | V441))),
  \V227(3)  = \[24] ,
  \V227(2)  = \[25] ,
  \[60]  = V579 | V597,
  \V227(5)  = \[22] ,
  \[61]  = V598 | (V586 | (V580 | V605)),
  \V227(4)  = \[23] ,
  \[62]  = V599 | (V586 | (V581 | V605)),
  \[63]  = V605 | (V600 | (V587 | (V582 | V574))),
  \[64]  = V605 | (V601 | (V588 | (V583 | V575))),
  \V227(1)  = \[26] ,
  \[65]  = V605 | (V602 | (V589 | (V584 | V576))),
  \V227(0)  = \[27] ,
  \[66]  = V605 | (V603 | (V590 | (V585 | V577))),
  \V510(3)  = ~\V96(31) ,
  \V227(7)  = \[20] ,
  \V510(2)  = ~\V96(30) ,
  \V227(6)  = \[21] ,
  \V227(9)  = \[18] ,
  \V227(8)  = \[19] ,
  \V510(1)  = ~\V96(29) ,
  \V510(0)  = ~\V96(28) ,
  \V594(3)  = ~\V192(31) ,
  \V594(2)  = ~\V192(30) ;
endmodule